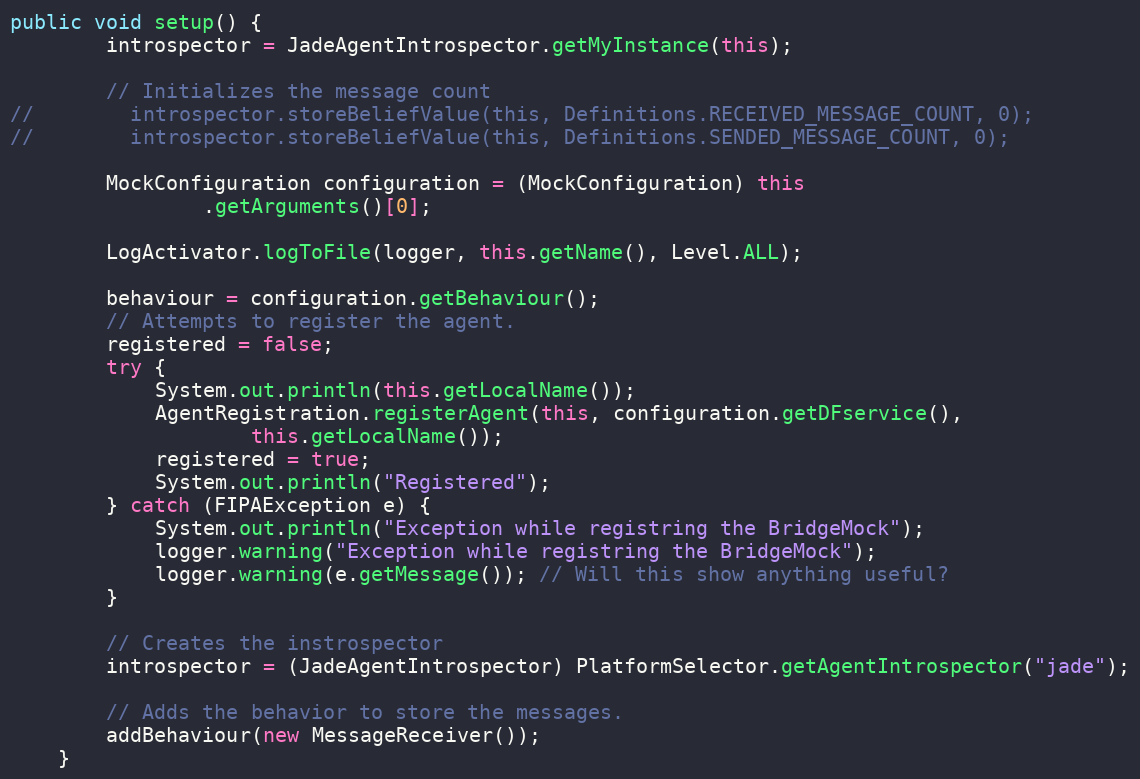
Language: Java
public void setup() {
        introspector = JadeAgentIntrospector.getMyInstance(this);

        // Initializes the message count
//        introspector.storeBeliefValue(this, Definitions.RECEIVED_MESSAGE_COUNT, 0);
//        introspector.storeBeliefValue(this, Definitions.SENDED_MESSAGE_COUNT, 0);

        MockConfiguration configuration = (MockConfiguration) this
                .getArguments()[0];

        LogActivator.logToFile(logger, this.getName(), Level.ALL);

        behaviour = configuration.getBehaviour();
        // Attempts to register the agent.
        registered = false;
        try {
            System.out.println(this.getLocalName());
            AgentRegistration.registerAgent(this, configuration.getDFservice(),
                    this.getLocalName());
            registered = true;
            System.out.println("Registered");
        } catch (FIPAException e) {
            System.out.println("Exception while registring the BridgeMock");
            logger.warning("Exception while registring the BridgeMock");
            logger.warning(e.getMessage()); // Will this show anything useful?
        }

        // Creates the instrospector
        introspector = (JadeAgentIntrospector) PlatformSelector.getAgentIntrospector("jade");

        // Adds the behavior to store the messages.
        addBehaviour(new MessageReceiver());
    }